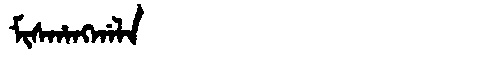
Manchu: ᠮᡳᠰᡥᠠᠩᡤᠠᠯᠠ
Romanization: MISHANGGALA